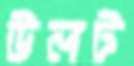
উলট